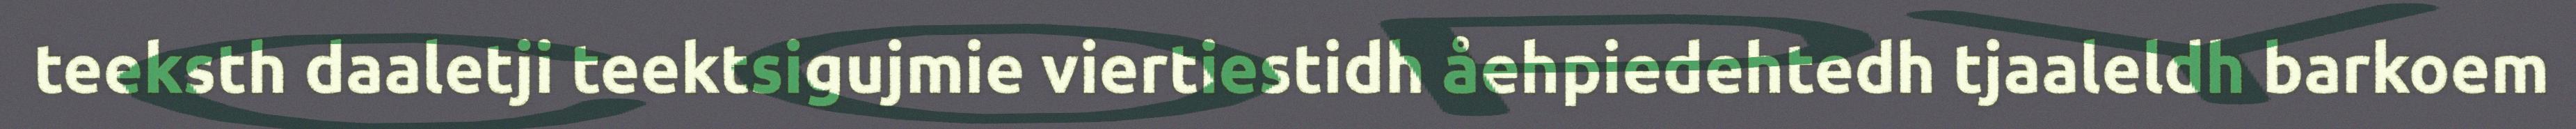
teeksth daaletji teektsigujmie viertiestidh åehpiedehtedh tjaaleldh barkoem